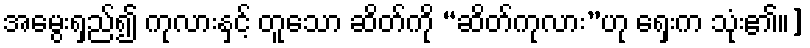
အမွေးရှည်၍ ကုလားနှင့် တူသော ဆိတ်ကို “ဆိတ်ကုလား”ဟု ရှေးက သုံး၏။]